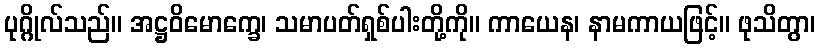
ပုဂ္ဂိုလ်သည်။ အဋ္ဌဝိမောက္ခေ၊ သမာပတ်ရှစ်ပါးတို့ကို။ ကာယေန၊ နာမကာယဖြင့်။ ဖုသိတွာ၊